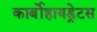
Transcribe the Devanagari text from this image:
कार्बोहायड्रेटस